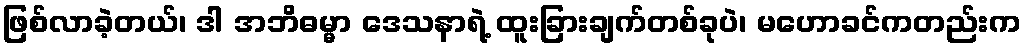
ဖြစ်လာခဲ့တယ်၊ ဒါ အဘိဓမ္မာ ဒေသနာရဲ့ ထူးခြားချက်တစ်ခုပဲ၊ မဟောခင်ကတည်းက